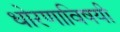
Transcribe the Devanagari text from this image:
धोरणाविषयी